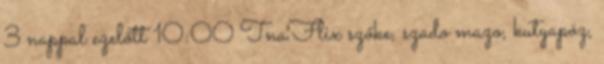
3 nappal ezelőtt 10:00 TnaFlix szőke, szado mazo, kutyapóz,